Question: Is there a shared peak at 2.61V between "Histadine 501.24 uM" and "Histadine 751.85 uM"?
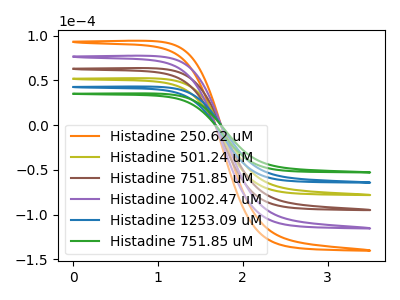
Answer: <think>The orange curve "Histadine 250.62 uM" has no peaks. The olive curve "Histadine 501.24 uM" has no peaks. The brown curve "Histadine 751.85 uM" has no peaks. The purple curve "Histadine 1002.47 uM" has no peaks. The blue curve "Histadine 1253.09 uM" has no peaks. The green curve "Histadine 751.85 uM" has no peaks.</think>
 <answer>No, "Histadine 501.24 uM" and "Histadine 751.85 uM" dont share a peak at 2.61V.</answer>
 <eval>mismatch</eval>